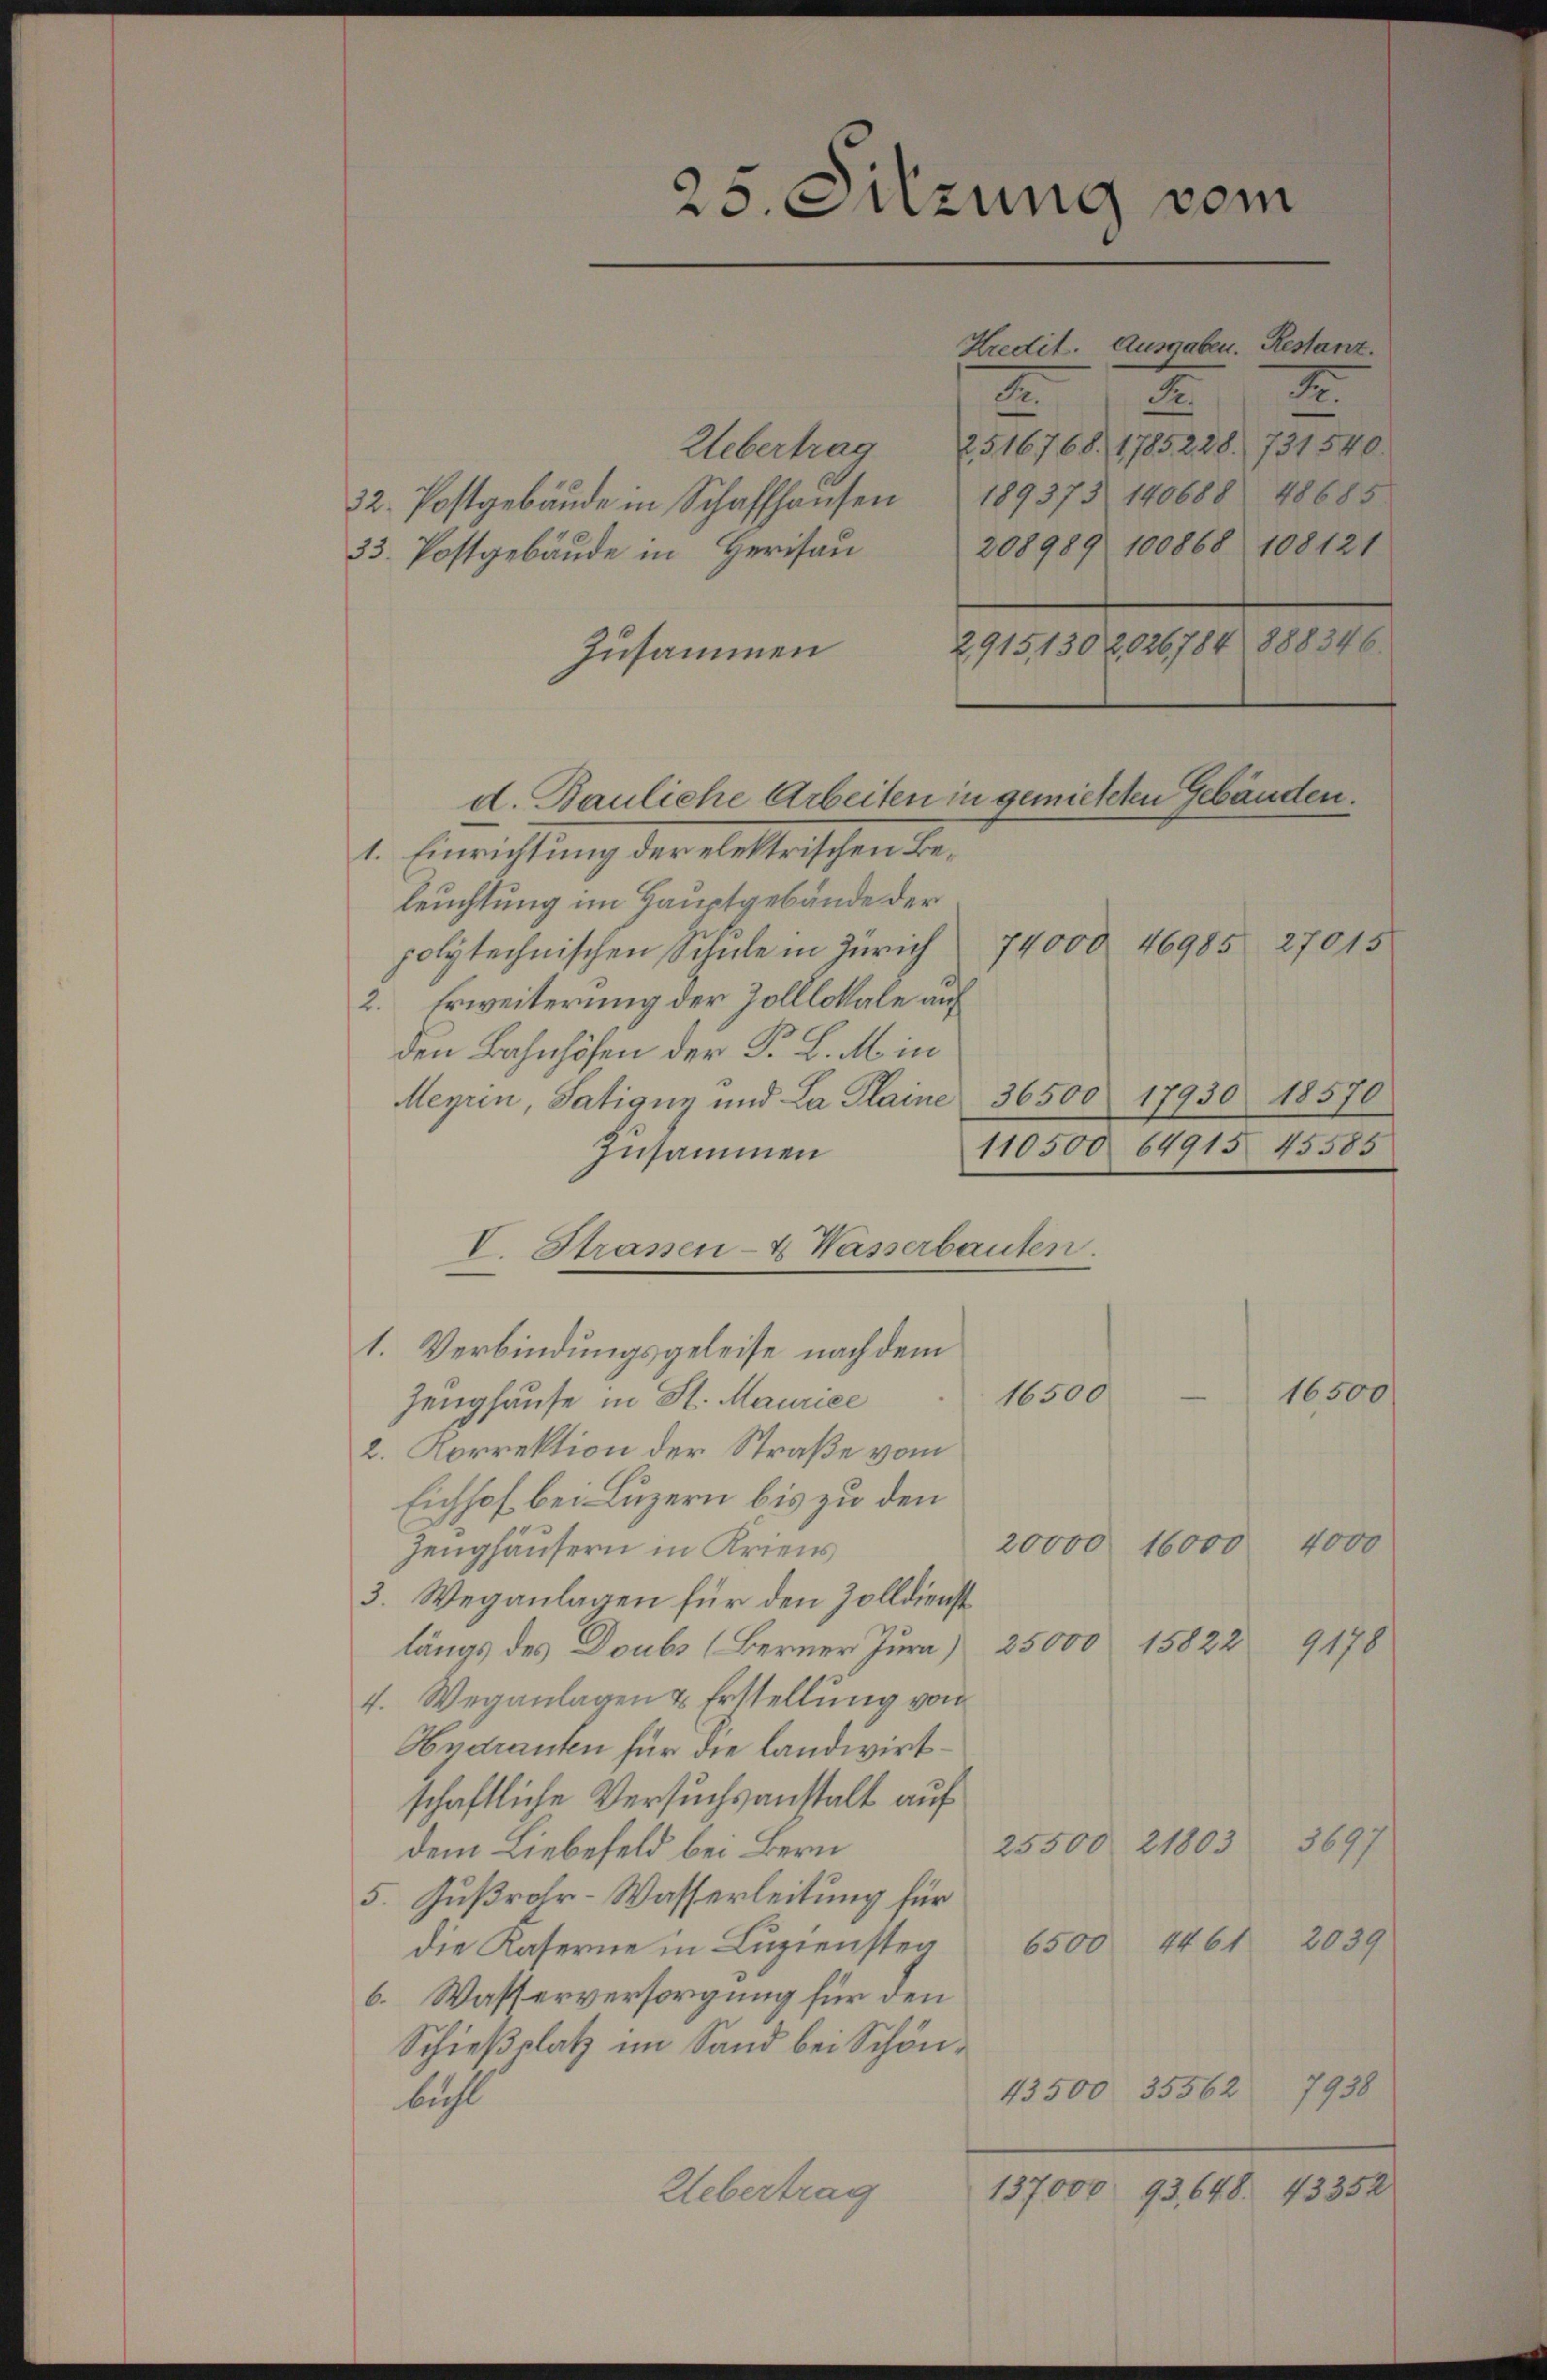
25. Sitzung vom

Kredit. Ausgaben. Restanz.
II.
.
Fr.
Uebertrag 2516768. 1785 228. 731 540.
189373. 140688. 48685.
32. Postgebäude in Schaffhausen
208989 100868 108121
33. Postgebäude in Herisau
2915,1302,026784 888346.
Zusammen
d. Bauliche Arbeiten in gemietten Gebäuden.
1. Einrichtung der elektrischen beleuchtung im Hauptgebäude der
polytechnischen Schŭle in Zürich 74000 46985 27015
2. Erweiterung der Zolllokale auf
den Bahnhöfen der F. B. M. in
Meyrin, Satigny und La Plaine 36500 17930 18570
110500 64915 45585
zusammen
I. Strassen- & Wasserbauten.
1. Verbindungsgeleise nach dem
16500
e
16500
Zeughause in St. Maurice
2. Korrektion der Straße vom
Eichhof bei Luzern bis zu den
4000
20000 16000
Zeughäusern in Kriens
3. Weganlagen für den Zolldienst
9178
längs des Doubs (Berner Jura 25000 15822
4. Weganlagen & Erstellung von
Hydranten für die landwirtschaftliche Versuchsanstalt auf
3697
25500 21803
dem Liebefeld bei Bern
5. Fußrohr-Wasserleitung für
2039
die Kaserne in Lŭziensten 6500 4461
6. Wasserversorgung für den
Schießplatz im Sand bei Schön¬
1930
43500 35562
bühl
43352
137000 93, 648.
Uebertrag